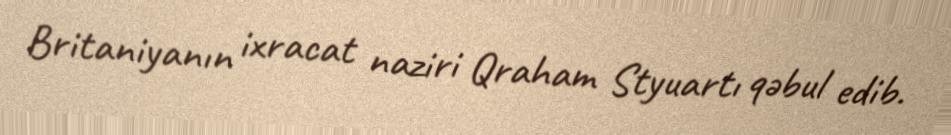
Britaniyanın ixracat naziri Qraham Styuartı qəbul edib.